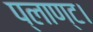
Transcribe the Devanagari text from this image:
प्लाण्ट।